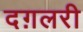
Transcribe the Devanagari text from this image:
दग़लरी